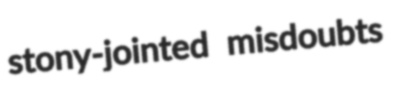
stony-jointed misdoubts